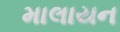
માલાયન